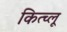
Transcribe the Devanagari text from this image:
कित्च्लू